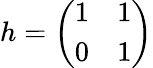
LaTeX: h={\left(\begin{array}{ll}{1}&{1}\\ {0}&{1}\end{array}\right)}